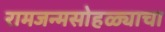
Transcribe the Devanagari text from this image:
रामजन्मसोहळ्याचा